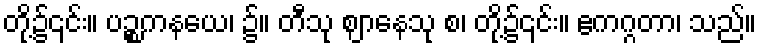
တို့၌၎င်း။ ပဉ္စကနယေ၊ ၌။ တီသု ဈာနေသု စ၊ တို့၌၎င်း။ ဧကဂ္ဂတာ၊ သည်။